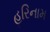
હરિનામ